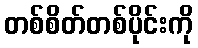
တစ်စိတ်တစ်ပိုင်းကို